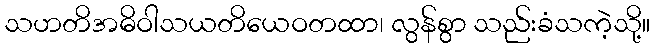
သဟတိအဓိဝါသယတိယေဝတထာ၊ လွန်စွာ သည်းခံသကဲ့သို့။